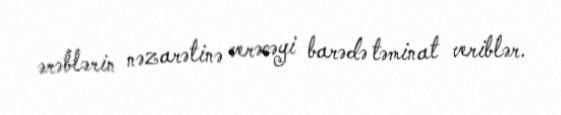
ərəblərin nəzarətinə verəcəyi barədə təminat veriblər.